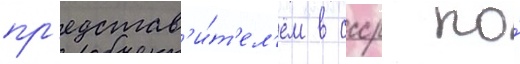
пр'едстав'и́т'ел'ем в ссср по́